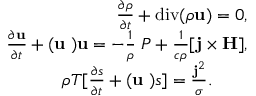
\begin{array} { r } { \frac { \partial \rho } { \partial t } + \mathrm { d i v } ( \rho { \bf u } ) = 0 , } \\ { \frac { \partial { \bf u } } { \partial t } + ( { \bf u \nabla ) u } = - \frac { 1 } { \rho } { \bf \nabla } P + \frac { 1 } { c \rho } [ { \bf { j \times H } } ] , } \\ { \rho T [ \frac { \partial { s } } { \partial t } + ( { \bf u \nabla ) } s ] = \frac { { \bf j } ^ { 2 } } { \sigma } . \qquad } \end{array}